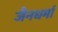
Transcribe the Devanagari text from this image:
जैनधर्मा